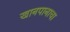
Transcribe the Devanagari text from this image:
खानपानाचा